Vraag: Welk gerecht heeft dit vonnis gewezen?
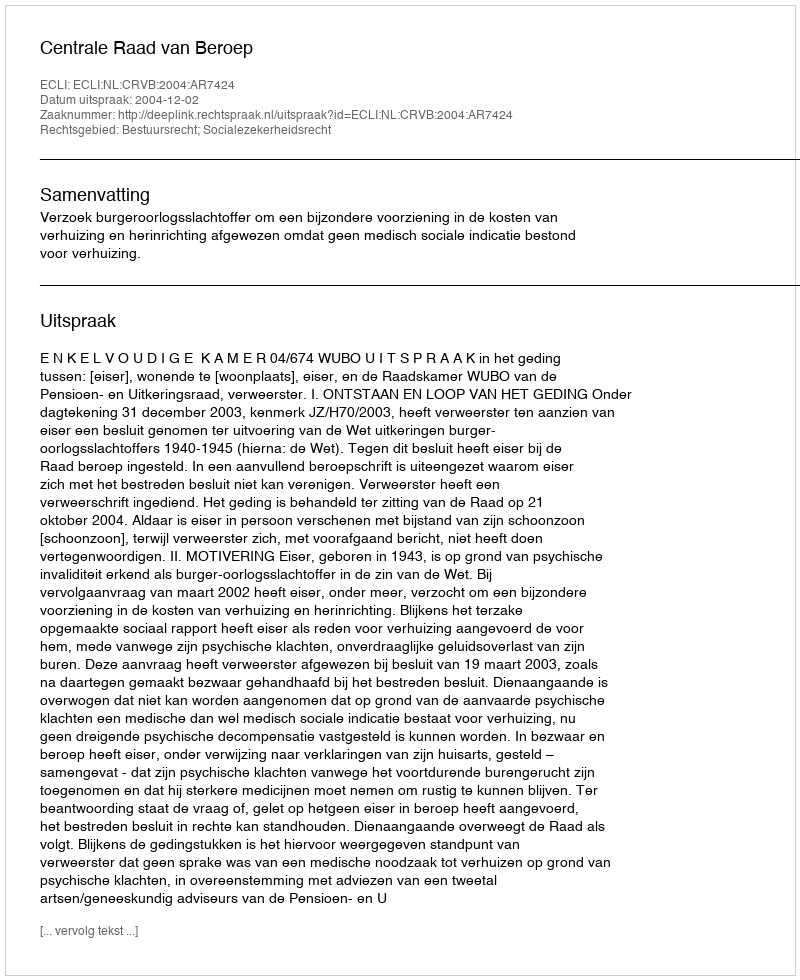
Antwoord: Centrale Raad van Beroep